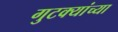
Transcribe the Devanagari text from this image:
गुटक्यांच्या